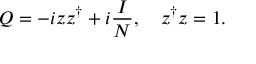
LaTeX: Q = - i z z ^ { \dagger } + i \frac { I } { N } , \quad z ^ { \dagger } z = 1 .